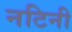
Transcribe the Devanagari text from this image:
नटिनी